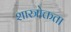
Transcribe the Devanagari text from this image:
शास्त्रोक्तता